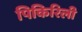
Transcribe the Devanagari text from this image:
पिकिरिली